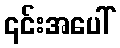
၎င်းအပေါ်